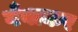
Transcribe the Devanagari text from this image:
गँवाकर